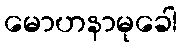
မောဟနာမုခေါ